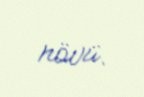
növü.